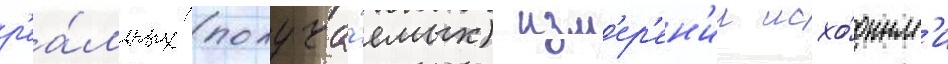
р'еа́льных (получа́емых) изм'ер'ен'ии исхо́дным'и